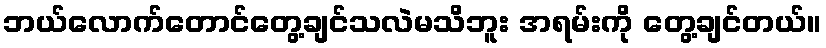
ဘယ်လောက်တောင်တွေ့ချင်သလဲမသိဘူး အရမ်းကို တွေ့ချင်တယ်။